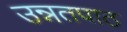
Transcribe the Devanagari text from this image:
उन्नतपाठ